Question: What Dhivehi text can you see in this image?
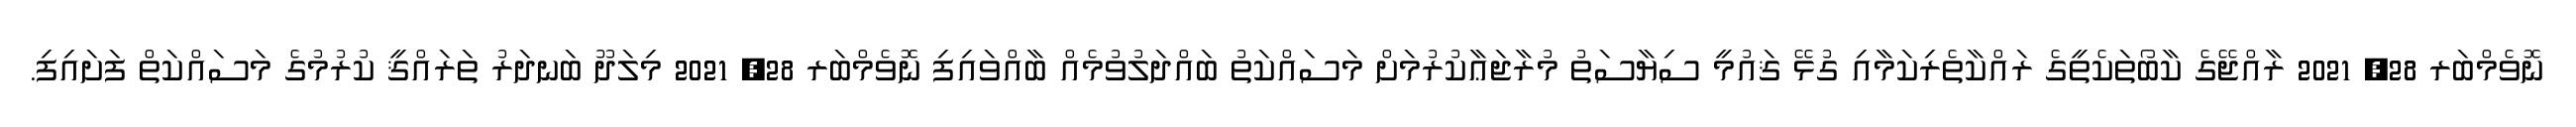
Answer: ނޮވެމްބަރ 28, 2021 ރާއްޖޭގެ ކާބޯތަކެތީގެ ރައްކާތެރިކަމާއި ގުޅޭ ޤައުމީ ސިޔާސަތު މުރާޖަޢާކުރުމަށް މަސައްކަތު ބައްދަލުވުމެއް ބާއްވައިފި ނޮވެމްބަރ 28, 2021 މިލަދޫ ބަނދަރު ތަރައްޤީ ކުރުމުގެ މަސައްކަތް ފަށައިފި.